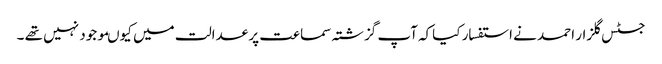
جسٹس گلزار احمد نے استفسار کیاکہ آپ گزشتہ سماعت پر عدالت میں کیوںموجود نہیں تھے ۔